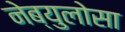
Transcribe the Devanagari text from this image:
नेब्युलोसा